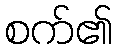
စက်၏